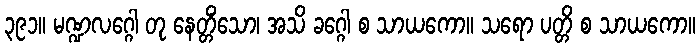
၃၉၁။ မဏ္ဍလဂ္ဂေါ တု နေတ္တိံသော၊ အသိ ခဂ္ဂေါ စ သာယကော။ သရော ပတ္တိ စ သာယကော။